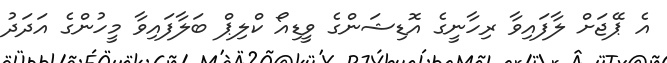
އެ ޕޭޖަށް ލާފައިވާ ރިހާނީގެ އޮޑިޝަންގެ ވީޑިއޯ ކްލިޕް ބަލާފައިވާ މީހުންގެ އަދަދު